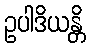
ဥပါဒိယန္တိ